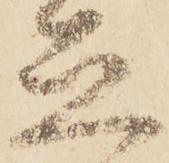
立